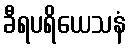
ခီရပရိယေသနံ